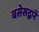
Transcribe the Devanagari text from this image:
बसेसद्बारे